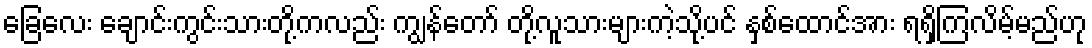
ခြေလေး ချောင်းကွင်းသားတို့ကလည်း ကျွန်တော် တို့လူသားများကဲ့သို့ပင် နှစ်ထောင်အား ရရှိကြလိမ့်မည်ဟု